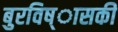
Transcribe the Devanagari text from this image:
बुरविष्ासकी